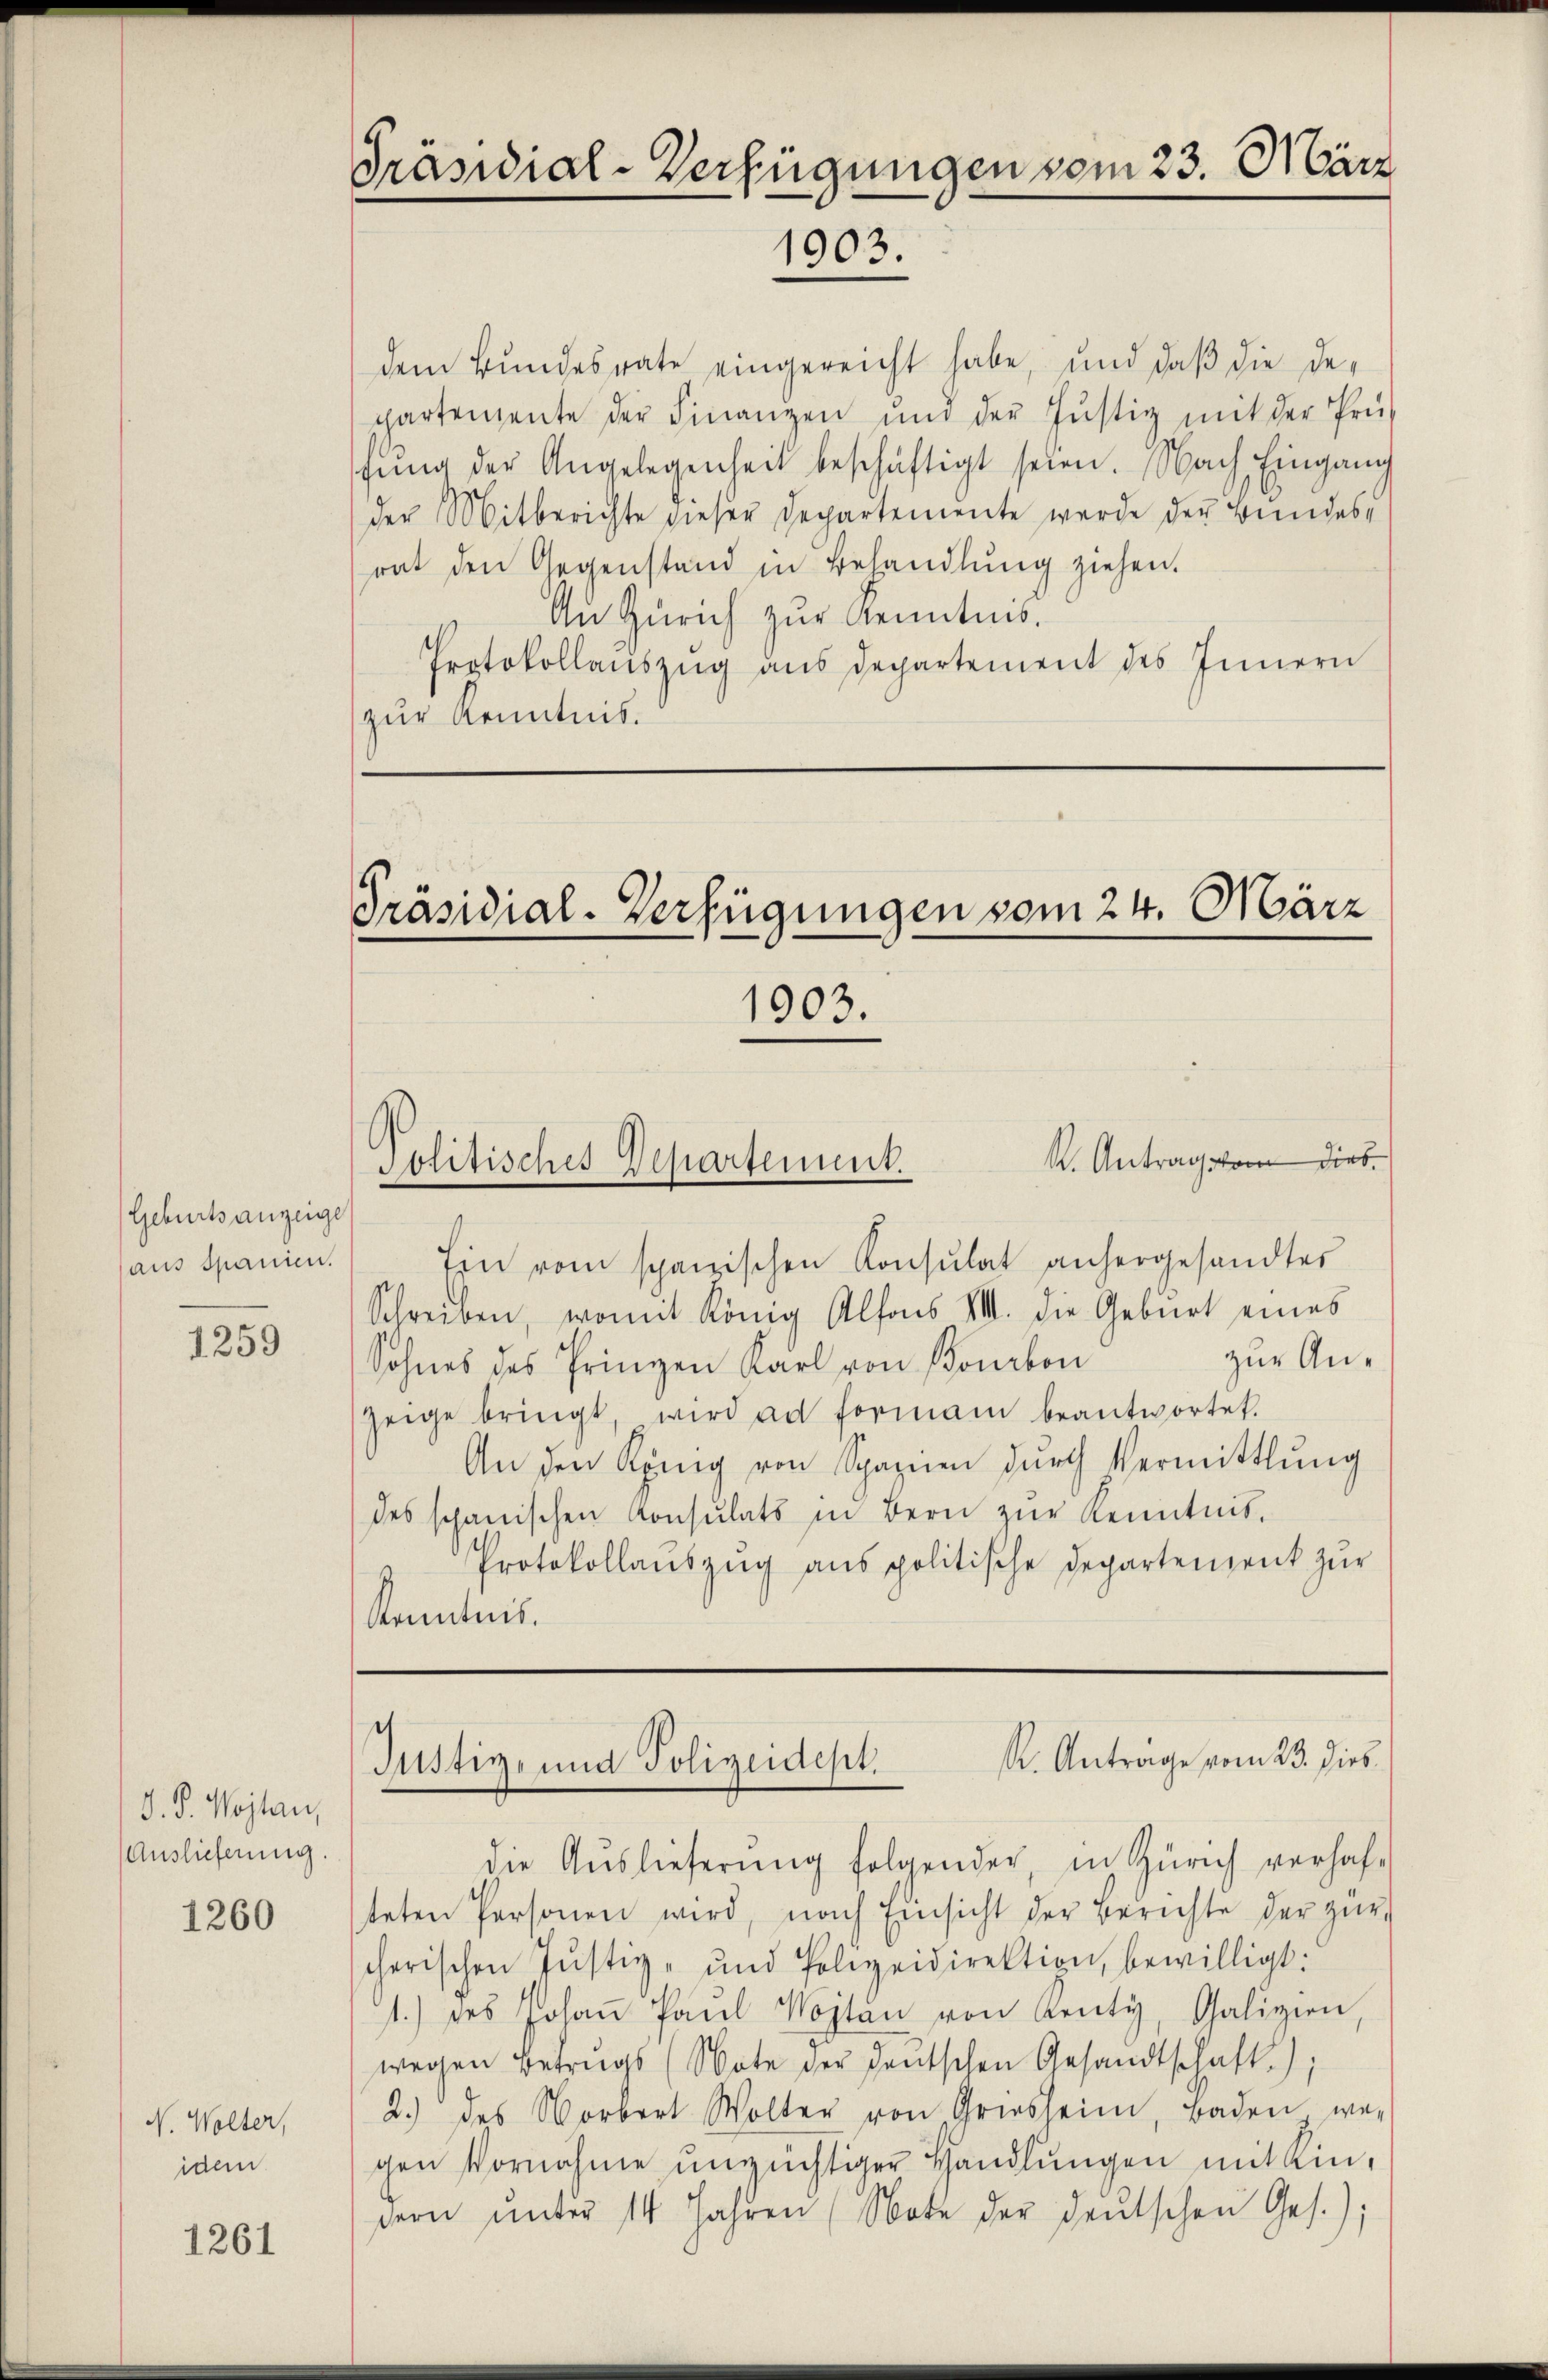
Geburtsanzeige
aus Spanien.

1259

J. P. Wojtan,
Auslieferung.

1260

N. Wolter,
idem

1261

Präsidial-Verfügungen vom 23. März
1003.

dem Bundesrate eingereicht habe, und daß die Deppartemente der Finanzen und der Justiz mit der Prü-
fŭng der Angelegenheit beschäftigt seien. Nach Eingang
der Mitberichte dieser Departemente werde der Bundesrat den Gegenstand in Behandlŭng ziehen.
An Zürich zur Kenntnis.
Protokollaŭszŭg ans Departement des Innern
zur Kenntnis.

Präsidial-Verfügungen vom 24. März
1903.
d
R. Antrag von dies
Solitisches Departement.

Ein vom spanischen Konsulat anhergesandtes
Schreiben, womit König Alfons VIII. die Geburt eines
zur An¬
Sohnes des Prinzen Karl von Bonbon
Zeige bringt, wird an formani beantwortet.
An den König von Spazien dŭrch Vermittlung
des schanischen Konsulats in Bern zŭr Kenntnis.
Protokollauszug aus politische Departement zur
Kenntnis.

die Auslieferung folgender, in Zürich verhafteten Personen wird, nach Einsicht der Berichte der zŭr
cherischen Justiz- und Polizeidirektion, bewilligt:
1.) des Johaṅ Paŭl Wojtan von Renty, Galizien,
wegen Betrags (Note der deutschen Gesandtschaft);
2.) des Vorbert Wolter von Griesheim, Baden wer
gen Vornahme unzüchtiger Handlungen mit Kindern ŭnter 14 Jahren (Note der deŭtschen Ges.);

.
Justiz, und Polizeidept. K. Anträge vom 23. dies